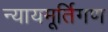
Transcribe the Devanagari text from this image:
न्यायमूर्तिगण